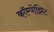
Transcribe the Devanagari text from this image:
कॉम्पोझिट